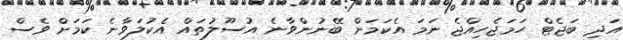
އަދި ބަޖެޓް ހަމަޖެހިއްޖެ ނަމަ އެކަމަށް ބޭނުންވާނެ އުސޫލުތައް އެކުލަވާނެ ކަމަށް ވެސް